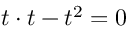
\; t \cdot t - t ^ { 2 } = 0